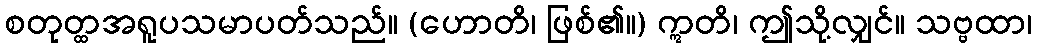
စတုတ္ထအရူပသမာပတ်သည်။ (ဟောတိ၊ ဖြစ်၏။) ဣတိ၊ ဤသို့လျှင်။ သဗ္ဗထာ၊